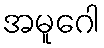
အမူဂေါ